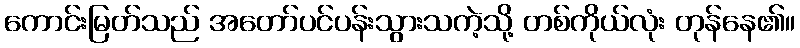
ကောင်းမြတ်သည် အတော်ပင်ပန်းသွားသကဲ့သို့ တစ်ကိုယ်လုံး တုန်နေ၏။